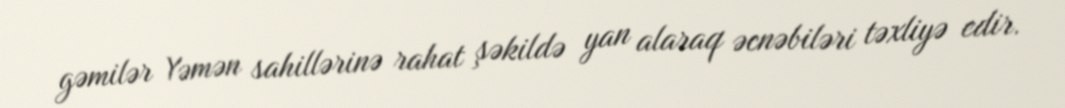
gəmilər Yəmən sahillərinə rahat şəkildə yan alaraq əcnəbiləri təxliyə edir.